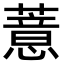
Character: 薏